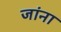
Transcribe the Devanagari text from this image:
जांना